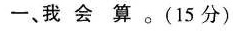
一、我 会 算。(15分)